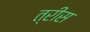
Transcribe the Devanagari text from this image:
त्रीस